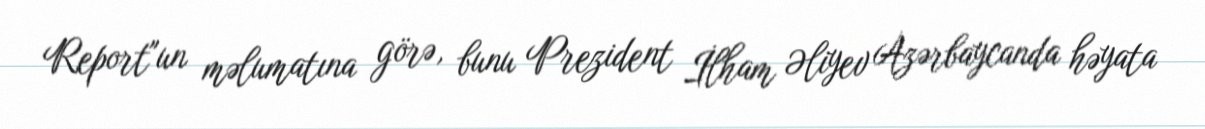
Report"un məlumatına görə, bunu Prezident İlham Əliyev Azərbaycanda həyata